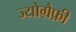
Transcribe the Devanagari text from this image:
ज्योग्रैफ़ी